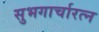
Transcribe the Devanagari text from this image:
सुभगार्चारत्न